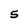
Character: 5